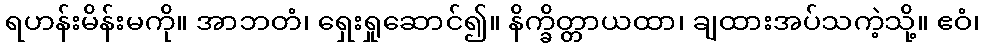
ရဟန်းမိန်းမကို။ အာဘတံ၊ ရှေးရှုဆောင်၍။ နိက္ခိတ္တာယထာ၊ ချထားအပ်သကဲ့သို့။ ဧဝံ၊